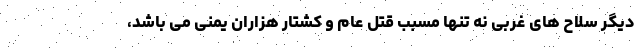
دیگر سلاح های غربی نه تنها مسبب قتل عام و کشتار هزاران یمنی می باشد،